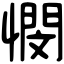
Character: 憫